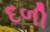
દળી